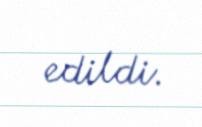
edildi.